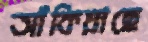
আঁকিয়াছে